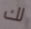
لك